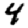
Digit: 4